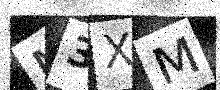
Text: M3XM